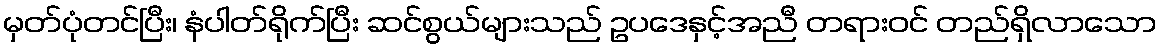
မှတ်ပုံတင်ပြီး၊ နံပါတ်ရိုက်ပြီး ဆင်စွယ်များသည် ဥပဒေနှင့်အညီ တရားဝင် တည်ရှိလာသော